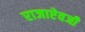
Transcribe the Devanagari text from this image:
राजाएेवजी